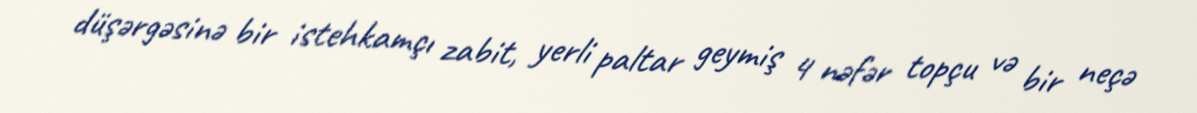
düşərgəsinə bir istehkamçı zabit, yerli paltar geymiş 4 nəfər topçu və bir neçə